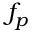
f _ { p }